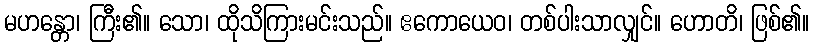
မဟန္တော၊ ကြီး၏။ သော၊ ထိုသိကြားမင်းသည်။ ဧကောယေဝ၊ တစ်ပါးသာလျှင်။ ဟောတိ၊ ဖြစ်၏။